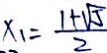
x _ { 1 } = \frac { 1 + \sqrt { 5 } } { 2 }